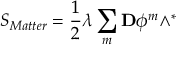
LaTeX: S _ { M a t t e r } = \frac { 1 } { 2 } \lambda \sum _ { m } \mathbf { D } \phi ^ { m } \wedge ^ { \ast }